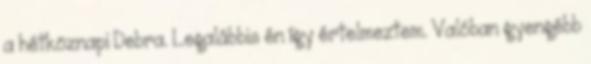
a hétköznapi Debra. Legalábbis én így értelmeztem. Valóban gyengébb